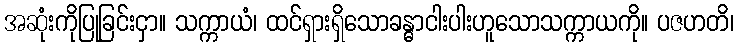
အဆုံးကိုပြုခြင်းငှာ။ သက္ကာယံ၊ ထင်ရှားရှိသောခန္ဓာငါးပါးဟူသောသက္ကာယကို။ ပဇဟတိ၊